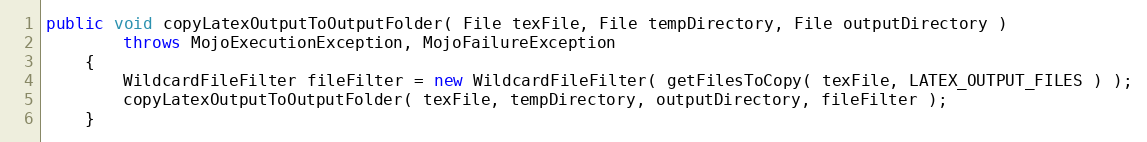
Language: Java
public void copyLatexOutputToOutputFolder( File texFile, File tempDirectory, File outputDirectory )
        throws MojoExecutionException, MojoFailureException
    {
        WildcardFileFilter fileFilter = new WildcardFileFilter( getFilesToCopy( texFile, LATEX_OUTPUT_FILES ) );
        copyLatexOutputToOutputFolder( texFile, tempDirectory, outputDirectory, fileFilter );
    }